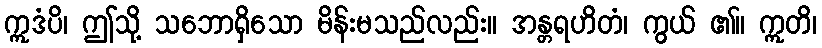
ဣဒံပိ၊ ဤသို့ သဘောရှိသော မိန်းမသည်လည်း။ အန္တရဟိတံ၊ ကွယ် ၏။ ဣတိ၊